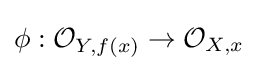
\phi :{\mathcal {O}}_{Y,f(x)}\to {\mathcal {O}}_{X,x}